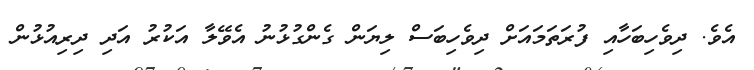
އެވެ. ދިވެހިބަހާއި ފުރަތަމައަށް ދިވެހިބަސް ލިޔަން ގެންގުޅުނު އެވޭލާ އަކުރު އަދި ދިރިއުޅުން